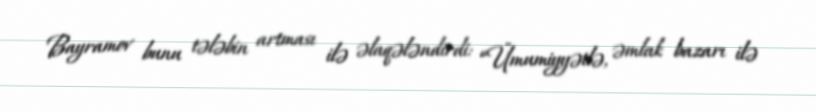
Bayramov bunu tələbin artması ilə əlaqələndirdi: “Ümumiyyətlə, əmlak bazarı ilə